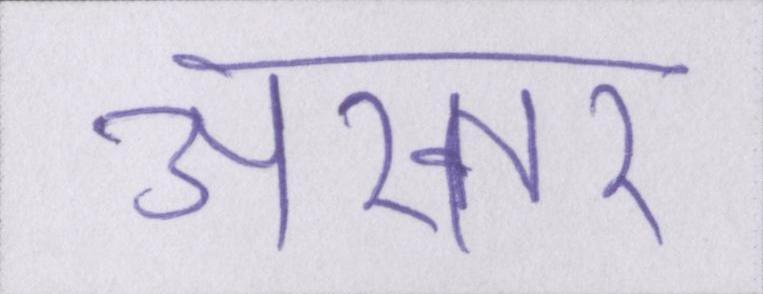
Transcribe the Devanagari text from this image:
अख्तर